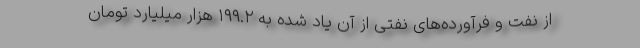
از نفت و فرآورده‌های نفتی از آن یاد شده به ۱۹۹.۲ هزار میلیارد تومان